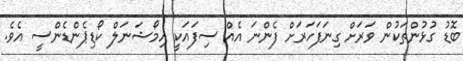
ބޮޑު ގުޅުންތަކުން ވަރަށް ގިނަފަހަރަށް ފެންނަ އެއް ސިފައަކީ އިމޯޝަނަލް ކޯޑިޕެންޑެންސީ އެވެ.